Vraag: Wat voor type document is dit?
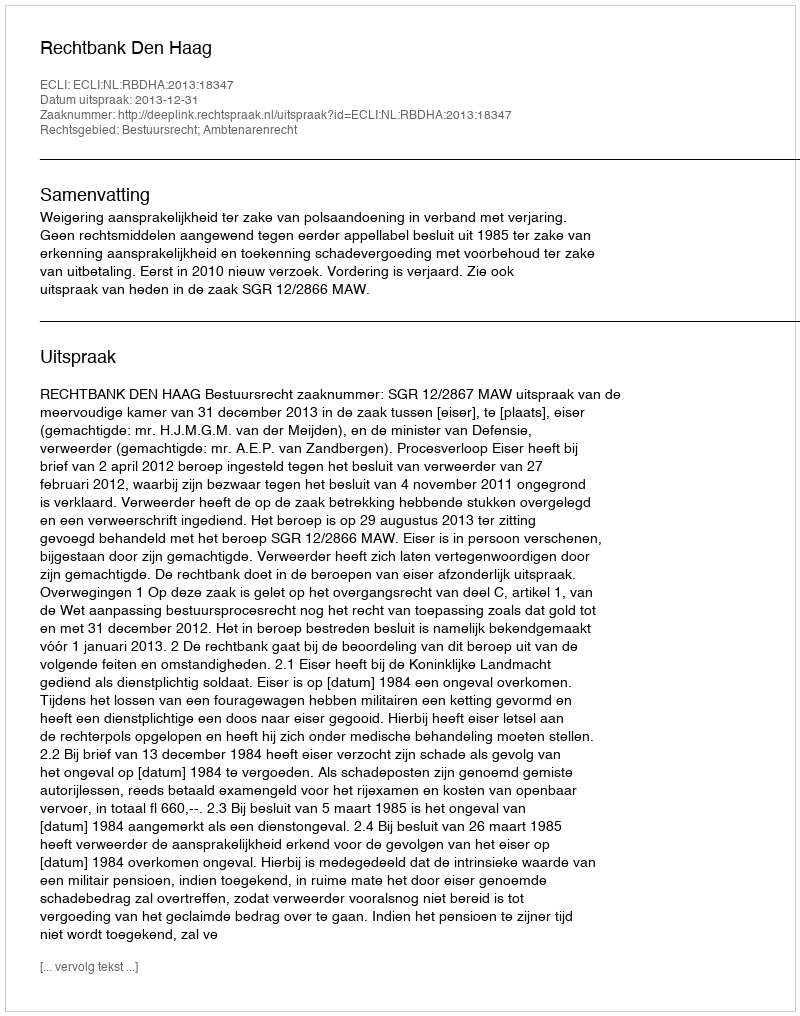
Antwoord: Uitspraak